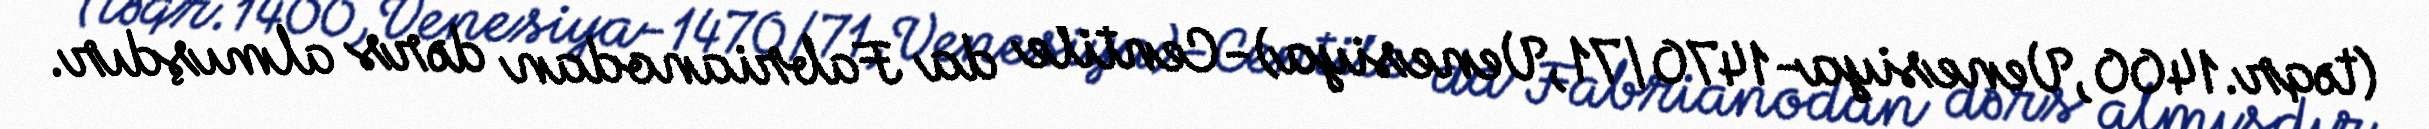
(təqr.1400,Venesiya-1470/71,Venesiya)-Centile da Fabrianodan dərs almışdır.